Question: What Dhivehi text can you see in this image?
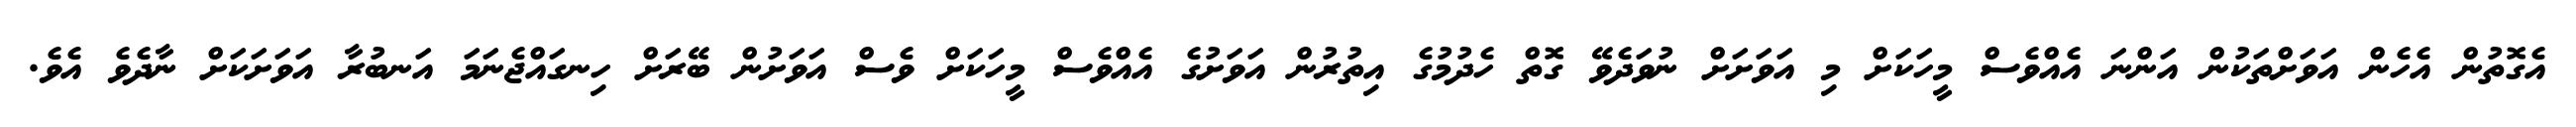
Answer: އެގޮތުން އެހެން އަވަށްތަކުން އަންނަ އެއްވެސް މީހަކަށް މި އަވަށަށް ނުވަދެވޭ ގޮތް ހެދުމުގެ އިތުރުން އަވަށުގެ އެއްވެސް މީހަކަށް ވެސް އަވަށުން ބޭރަށް ހިނގައްޖެނަމަ އަނބުރާ އަވަށަކަށް ނާދެވެ އެވެ.